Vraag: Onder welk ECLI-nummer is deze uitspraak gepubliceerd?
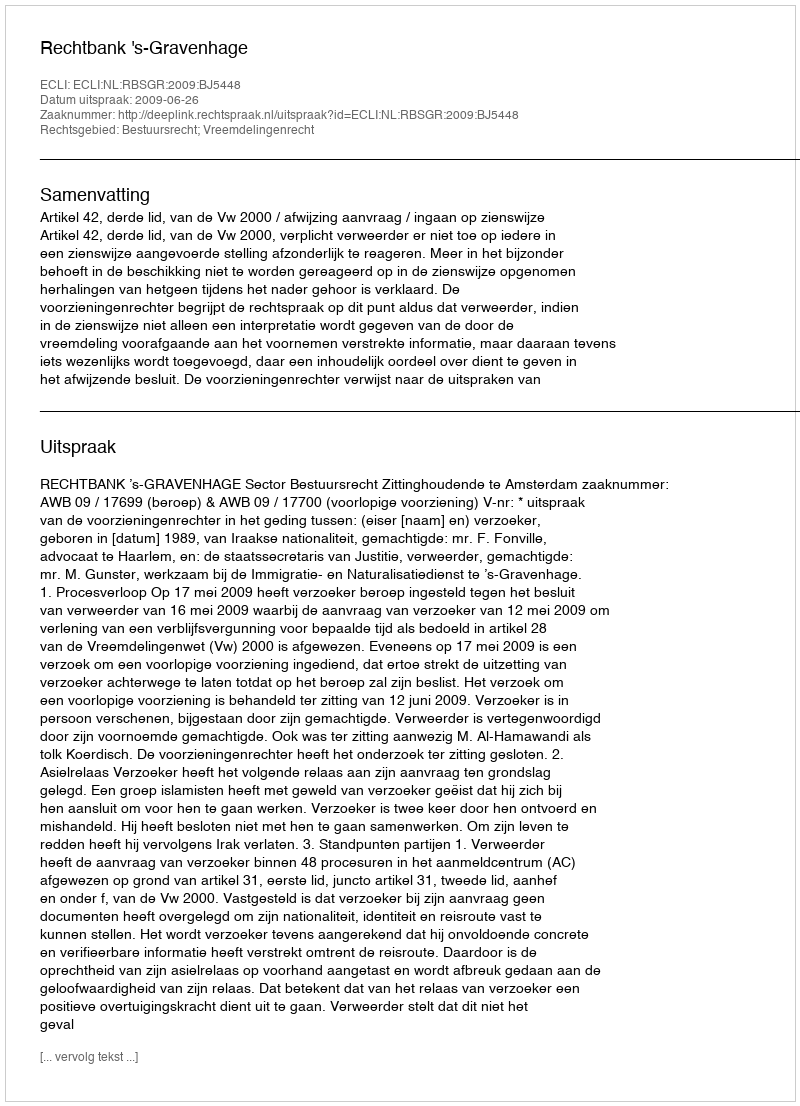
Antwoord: ECLI:NL:RBSGR:2009:BJ5448